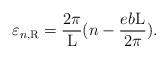
LaTeX: \begin{align*}\varepsilon_{n,{\rm R}} = \frac{2\pi}{\rm L}(n - \frac{eb{\rm L}}{2\pi}).\end{align*}